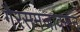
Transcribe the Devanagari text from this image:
गैरसमजावरून